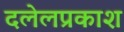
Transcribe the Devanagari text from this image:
दलेलप्रकाश